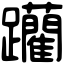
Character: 躪